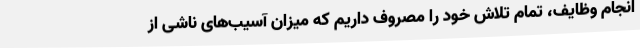
انجام وظایف، تمام تلاش خود را مصروف داریم که میزان آسیب‌های ناشی از